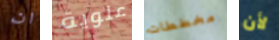
ان علوية مخططات لأن